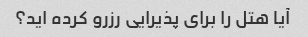
آیا هتل را برای پذیرایی رزرو کرده اید؟